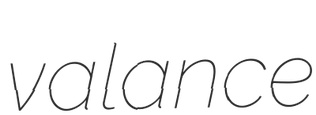
valance